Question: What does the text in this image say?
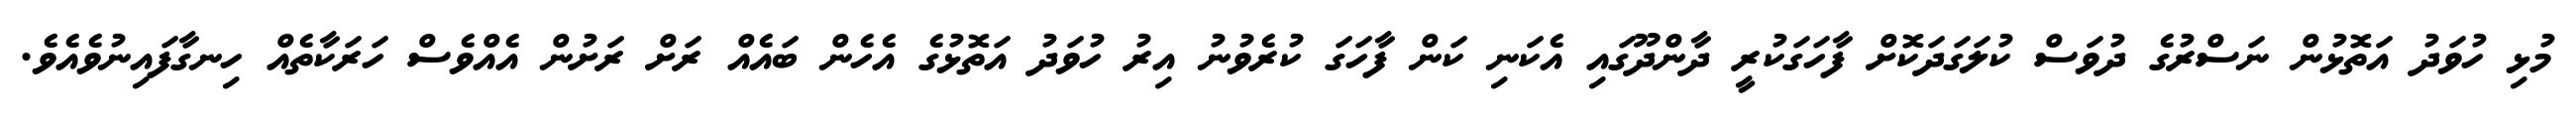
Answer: މުޅި ހުވަދު އަތޮޅުން ނަސްރުގެ ދުވަސް ކުލަގަދަކޮށް ފާހަގަކުރީ ދާންދޫގައި އެކަނި ކަން ފާހަގަ ކުރެވުނު އިރު ހުވަދު އަތޮޅުގެ އެހެން ބައެއް ރަށް ރަށުން އެއްވެސް ހަރަކާތެއް ހިނގާފައިނުވެއެވެ.